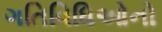
ગતિવિધિઓનો